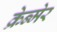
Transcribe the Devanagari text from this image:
क्रेन्मेर